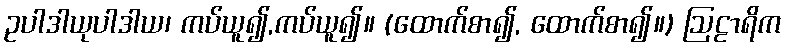
ဥပါဒါယုပါဒါယ၊ ကပ်ယူ၍,ကပ်ယူ၍။ (ထောက်စာ၍, ထောက်စာ၍။) ဩဠာရိက